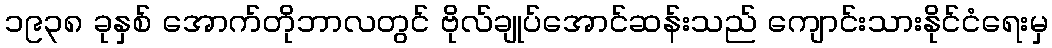
၁၉၃၈ ခုနှစ် အောက်တိုဘာလတွင် ဗိုလ်ချုပ်အောင်ဆန်းသည် ကျောင်းသားနိုင်ငံရေးမှ